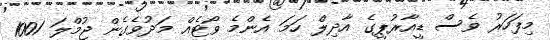
މިފަހަރު ވެސް ޑީއާރުޕީގެ އާދިލް ހަމަ އެންމެ ވޯޓެއް މަދުވެގެން ޖުމްލަ 1001